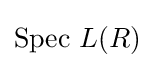
{\text{Spec }}L(R)